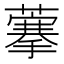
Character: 藆